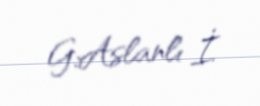
G.Aslanlı İ.